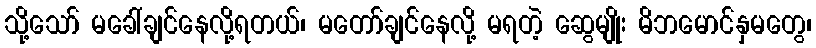
သို့သော် မခေါ်ချင်နေလို့ရတယ်၊ မတော်ချင်နေလို့ မရတဲ့ ဆွေမျိုး မိဘမောင်နှမတွေ၊